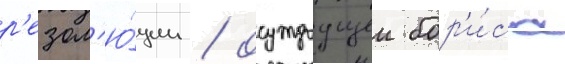
р'езол'ю́ции / осуждаущеи бор'и́са